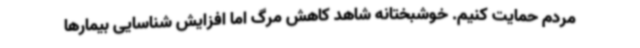
مردم حمایت کنیم. خوشبختانه شاهد کاهش مرگ اما افزایش شناسایی بیمارها